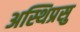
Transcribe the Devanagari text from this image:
अस्थिप्रसु